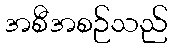
အစီအစဉ်သည်